Newspaper: The people's journal.
Place of publication: Pickens, S.C.
Publisher: Farmers' Pub. Co.
Date: 1900-06-28 00:00:00
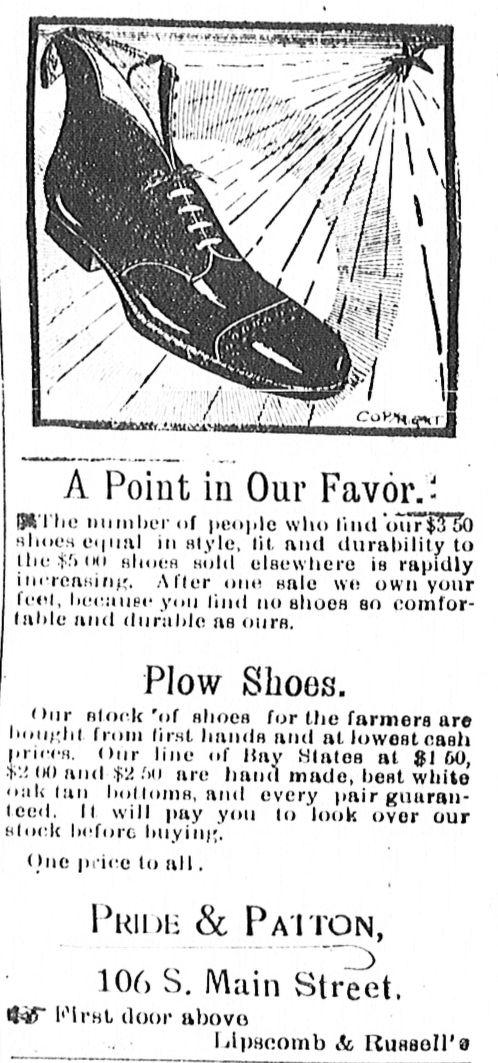
Advertisement text (OCR):
if ~ or --f____ -- -- .-. ... A Point in Our' Favbr. jPMbh numbitter of people whom ind'orr350 sloes etpial ~in slyle, Iii, andt dutrability to thili $' ii shoe'is soiI elsewhierie is rapidly iiin-reasingAf fr one sale we own your feet, baeause y.'u tatito shoes so comfor ati aliraible as ours. Plow Shoes. u ir stock 'iif shioes for the farmers are bioinht fromi irst hiaiiis andI at lowvest casht r es ilo lie flHay Hiates at 51 60, - ' 0 a i iir hm made, best white 'a k tan thot tums, ai every hair guaran teod. It will lpay you In look over our beifore tbiyinug. N P~llbi t& PA'ITON, 106 S. Main Street, blpacomb & Russell's
Label: illustrations